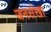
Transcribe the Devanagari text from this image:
जनसंखा